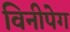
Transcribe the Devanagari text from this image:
विनीपेग